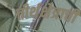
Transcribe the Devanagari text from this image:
तीर्थक्षेत्राची